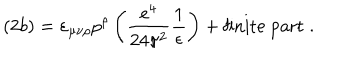
( 2 b ) = \varepsilon _ { \mu \nu \rho } p ^ { \rho } \left( \frac { e ^ { 4 } } { 2 4 \pi ^ { 2 } } \frac { 1 } { \epsilon } \right) + \mathrm { f i n i t e ~ p a r t } \; .